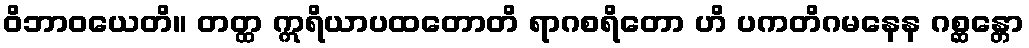
ဝိဘာဝယေတိ။ တတ္ထ ဣရိယာပထတောတိ ရာဂစရိတော ဟိ ပကတိဂမနေန ဂစ္ဆန္တော